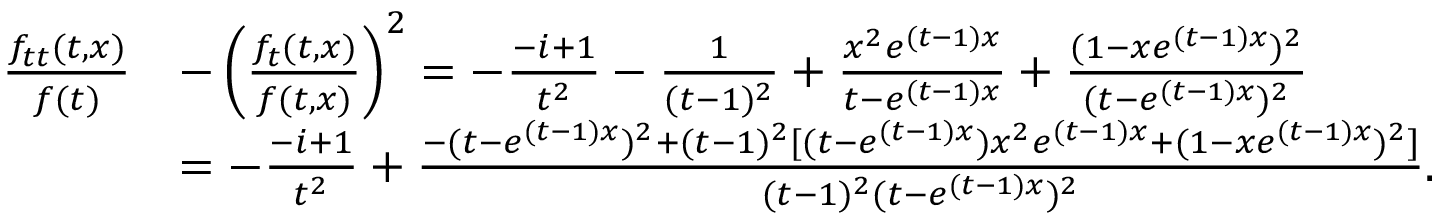
\begin{array} { r l } { \frac { f _ { t t } ( t , x ) } { f ( t ) } } & { - \left( \frac { f _ { t } ( t , x ) } { f ( t , x ) } \right) ^ { 2 } = - \frac { - i + 1 } { t ^ { 2 } } - \frac { 1 } { ( t - 1 ) ^ { 2 } } + \frac { x ^ { 2 } e ^ { ( t - 1 ) x } } { t - e ^ { ( t - 1 ) x } } + \frac { ( 1 - x e ^ { ( t - 1 ) x } ) ^ { 2 } } { ( t - e ^ { ( t - 1 ) x } ) ^ { 2 } } } \\ & { = - \frac { - i + 1 } { t ^ { 2 } } + \frac { - ( t - e ^ { ( t - 1 ) x } ) ^ { 2 } + ( t - 1 ) ^ { 2 } [ ( t - e ^ { ( t - 1 ) x } ) x ^ { 2 } e ^ { ( t - 1 ) x } + ( 1 - x e ^ { ( t - 1 ) x } ) ^ { 2 } ] } { ( t - 1 ) ^ { 2 } ( t - e ^ { ( t - 1 ) x } ) ^ { 2 } } . } \end{array}